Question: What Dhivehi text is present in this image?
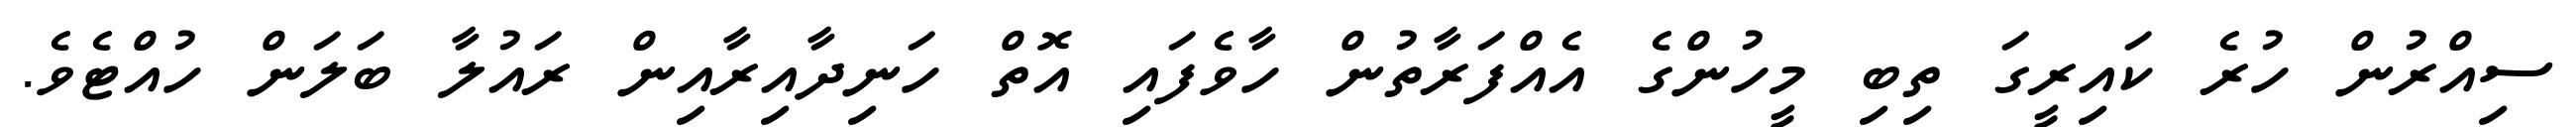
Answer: ސިއްރުން ހުރެ ކައިރީގަ ތިބި މީހުންގެ އެއްފަރާތުން ހާވެފައި އޮތް ހަނިދާއިރާއިން ރައުލާ ބަލަން ހުއްޓެވެ.